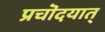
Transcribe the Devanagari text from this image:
प्रचॊदयात्